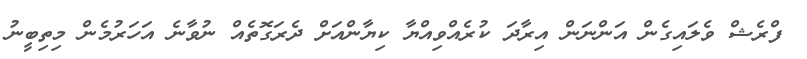
ފްރެޝް ވެލައިގެން އަންނަން އިރާދަ ކުރެއްވިއްޔާ ކިޔާންއަށް ދެރަގޮތެއް ނުވާނެ އަހަރުމެން މިތިބީނު